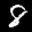
Label: 8